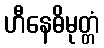
ဟီနေဓိမုတ္တံ